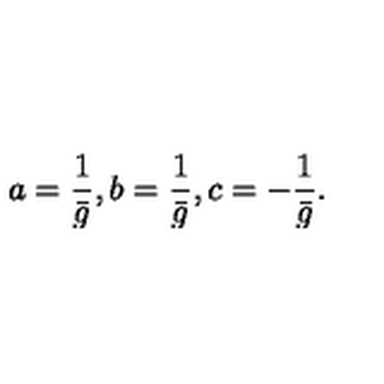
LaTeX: a = \frac { 1 } { \bar { g } } , b = \frac { 1 } { \bar { g } } , c = - \frac { 1 } { \bar { g } } .